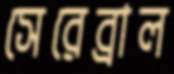
সেরেব্রাল